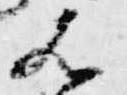
歟